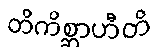
တိကိစ္ဆာဟီတိ